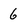
Character: 6